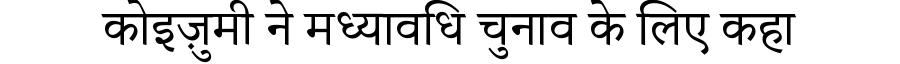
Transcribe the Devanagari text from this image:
कोइज़ुमी ने मध्यावधि चुनाव के लिए कहा